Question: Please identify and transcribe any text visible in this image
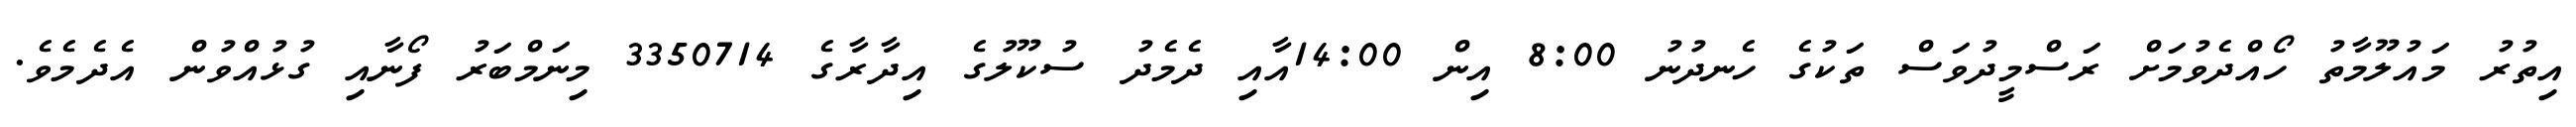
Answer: އިތުރު މައުލޫމާތު ހޯއްދެވުމަށް ރަސްމީދުވަސް ތަކުގެ ހެނދުނު 8:00 އިން 14:00އާއި ދެމެދު ސުކޫލުގެ އިދާރާގެ 3350714 މިނަމްބަރު ފޯނާއި ގުޅުއްވުން އެދެމެވެ.